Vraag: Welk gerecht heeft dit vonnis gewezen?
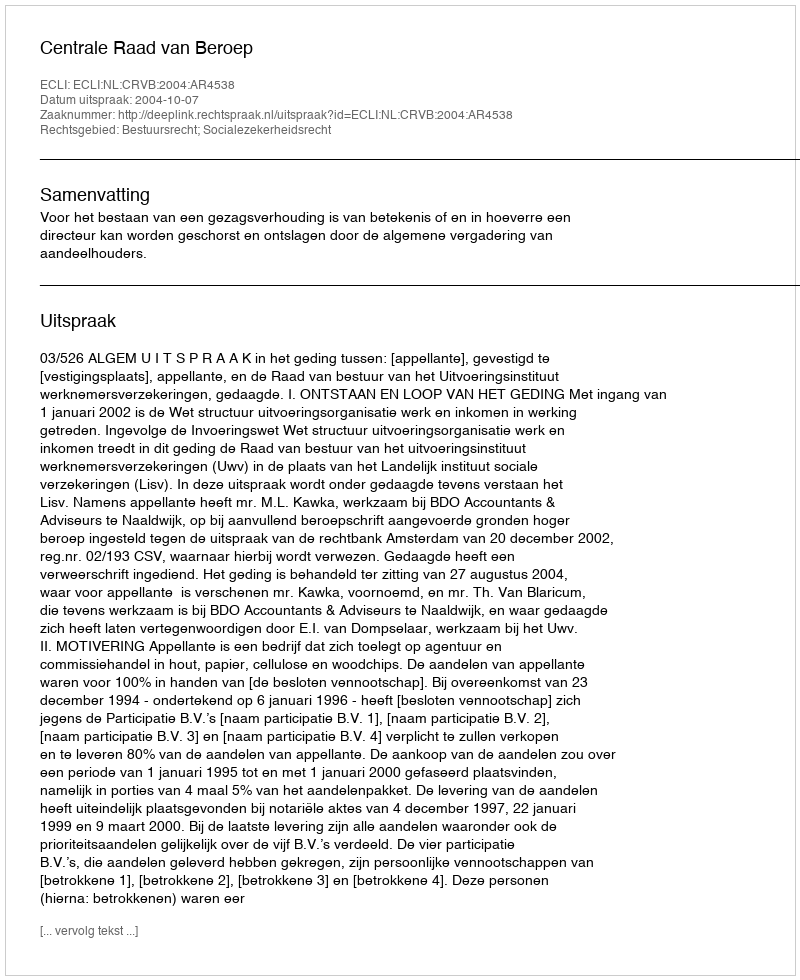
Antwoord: Centrale Raad van Beroep